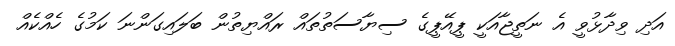
އަދި ވިދާޅުވީ އެ ނަތީޖާއަކީ ޕީއޭޕީގެ ސިޔާސަތުތައް ރައްޔިތުން ބަލައިގަންނަ ކަމުގެ ހެއްކެއް